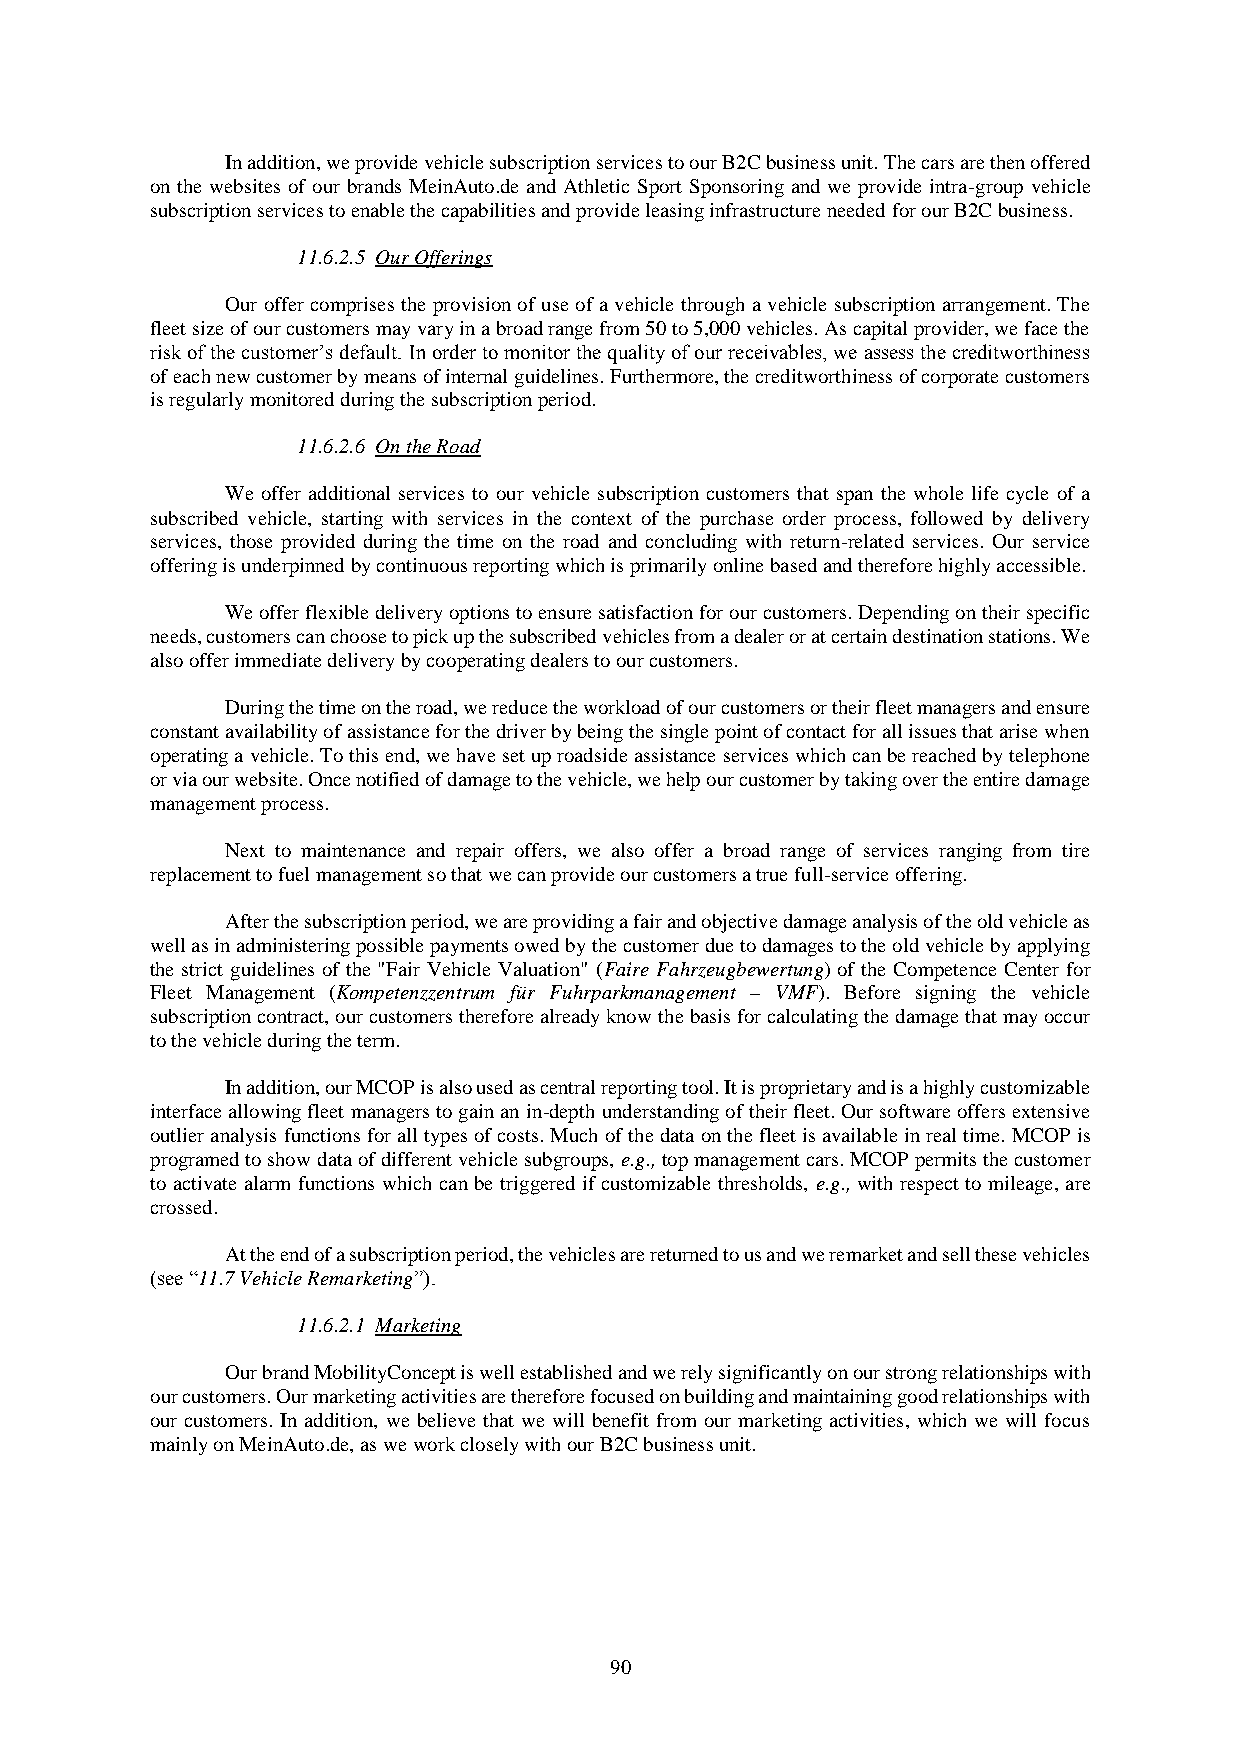
In addition, we provide vehicle subscription services to our B2C business unit. The cars are then offered
 on the websites of our brands MeinAuto.de and Athletic Sport Sponsoring and we provide intra-group vehicle
 subscription services to enable the capabilities and provide leasing infrastructure needed for our B2C business.
 11.6.2.5 Our Offerings
 Our offer comprises the provision of use of a vehicle through a vehicle subscription arrangement. The
 fleet size of our customers may vary in a broad range from 50 to 5,000 vehicles. As capital provider, we face the
 risk of the customer’s default. In order to monitor the quality of our receivables, we assess the creditworthiness
 of each new customer by means of internal guidelines. Furthermore, the creditworthiness of corporate customers
 is regularly monitored during the subscription period.
 11.6.2.6 On the Road
 We offer additional services to our vehicle subscription customers that span the whole life cycle of a
 subscribed vehicle, starting with services in the context of the purchase order process, followed by delivery
 services, those provided during the time on the road and concluding with return-related services. Our service
 offering is underpinned by continuous reporting which is primarily online based and therefore highly accessible.
 We offer flexible delivery options to ensure satisfaction for our customers. Depending on their specific
 needs, customers can choose to pick up the subscribed vehicles from a dealer or at certain destination stations. We
 also offer immediate delivery by cooperating dealers to our customers.
 During the time on the road, we reduce the workload of our customers or their fleet managers and ensure
 constant availability of assistance for the driver by being the single point of contact for all issues that arise when
 operating a vehicle. To this end, we have set up roadside assistance services which can be reached by telephone
 or via our website. Once notified of damage to the vehicle, we help our customer by taking over the entire damage
 management process.
 Next to maintenance and repair offers, we also offer a broad range of services ranging from tire
 replacement to fuel management so that we can provide our customers a true full-service offering.
 After the subscription period, we are providing a fair and objective damage analysis of the old vehicle as
 well as in administering possible payments owed by the customer due to damages to the old vehicle by applying
 the strict guidelines of the "Fair Vehicle Valuation" (Faire Fahrzeugbewertung) of the Competence Center for
 Fleet Management (Kompetenzzentrum für Fuhrparkmanagement – VMF). Before signing the vehicle
 subscription contract, our customers therefore already know the basis for calculating the damage that may occur
 to the vehicle during the term.
 In addition, our MCOP is also used as central reporting tool. It is proprietary and is a highly customizable
 interface allowing fleet managers to gain an in-depth understanding of their fleet. Our software offers extensive
 outlier analysis functions for all types of costs. Much of the data on the fleet is available in real time. MCOP is
 programed to show data of different vehicle subgroups, e.g., top management cars. MCOP permits the customer
 to activate alarm functions which can be triggered if customizable thresholds, e.g., with respect to mileage, are
 crossed.
 At the end of a subscription period, the vehicles are returned to us and we remarket and sell these vehicles
 (see “11.7 Vehicle Remarketing”).
 11.6.2.1 Marketing
 Our brand MobilityConcept is well established and we rely significantly on our strong relationships with
 our customers. Our marketing activities are therefore focused on building and maintaining good relationships with
 our customers. In addition, we believe that we will benefit from our marketing activities, which we will focus
 mainly on MeinAuto.de, as we work closely with our B2C business unit.
 90